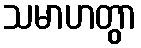
သမာဟတွာ